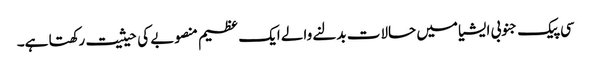
سی پیک جنوبی ایشیا میں حالات بدلنے والے ایک عظیم منصوبے کی حیثیت رکھتا ہے۔